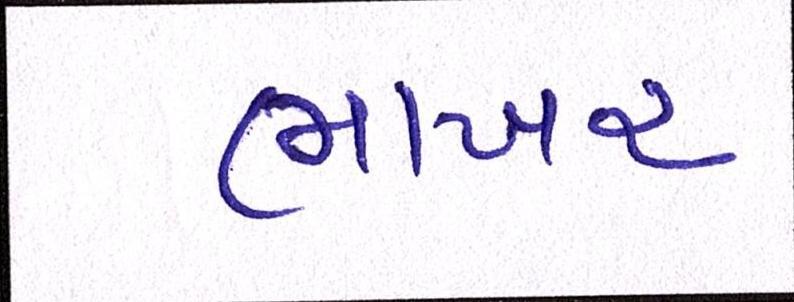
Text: ભાખર